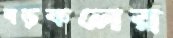
বড়কলের